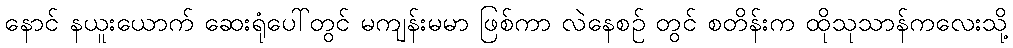
နောင် နယူးယောက် ဆေးရုံပေါ်တွင် မကျန်းမမာ ဖြစ်ကာ လဲနေစဉ် တွင် စတိန်းက ထိုသုသာန်ကလေးသို့